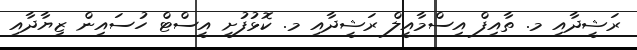
ރަޝީދާއި މ. ތާއިފް އިސްމާއީލް ރަޝީދާއި މ. ކޮޅުފުށީ އީސްޓް ހުސައިން ޒިޔާދާއި